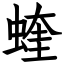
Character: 蝰